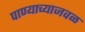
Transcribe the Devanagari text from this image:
पाण्याच्याजवळ